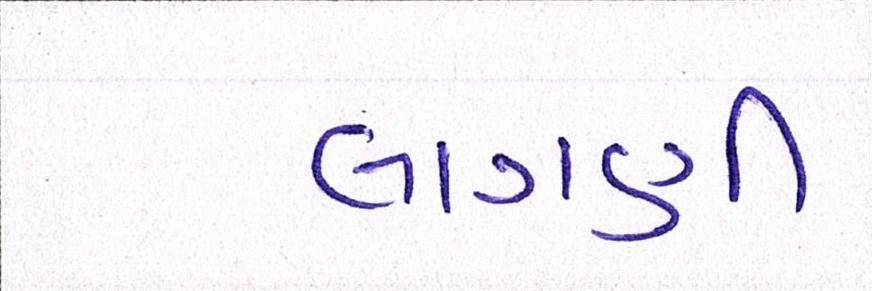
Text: લાગણી